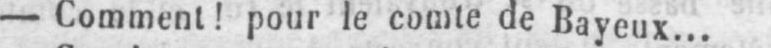
- Comment! pour le comte de Bayeux...